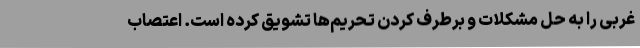
غربی را به حل مشکلات و برطرف کردن تحریم‌ها تشویق کرده است. اعتصاب